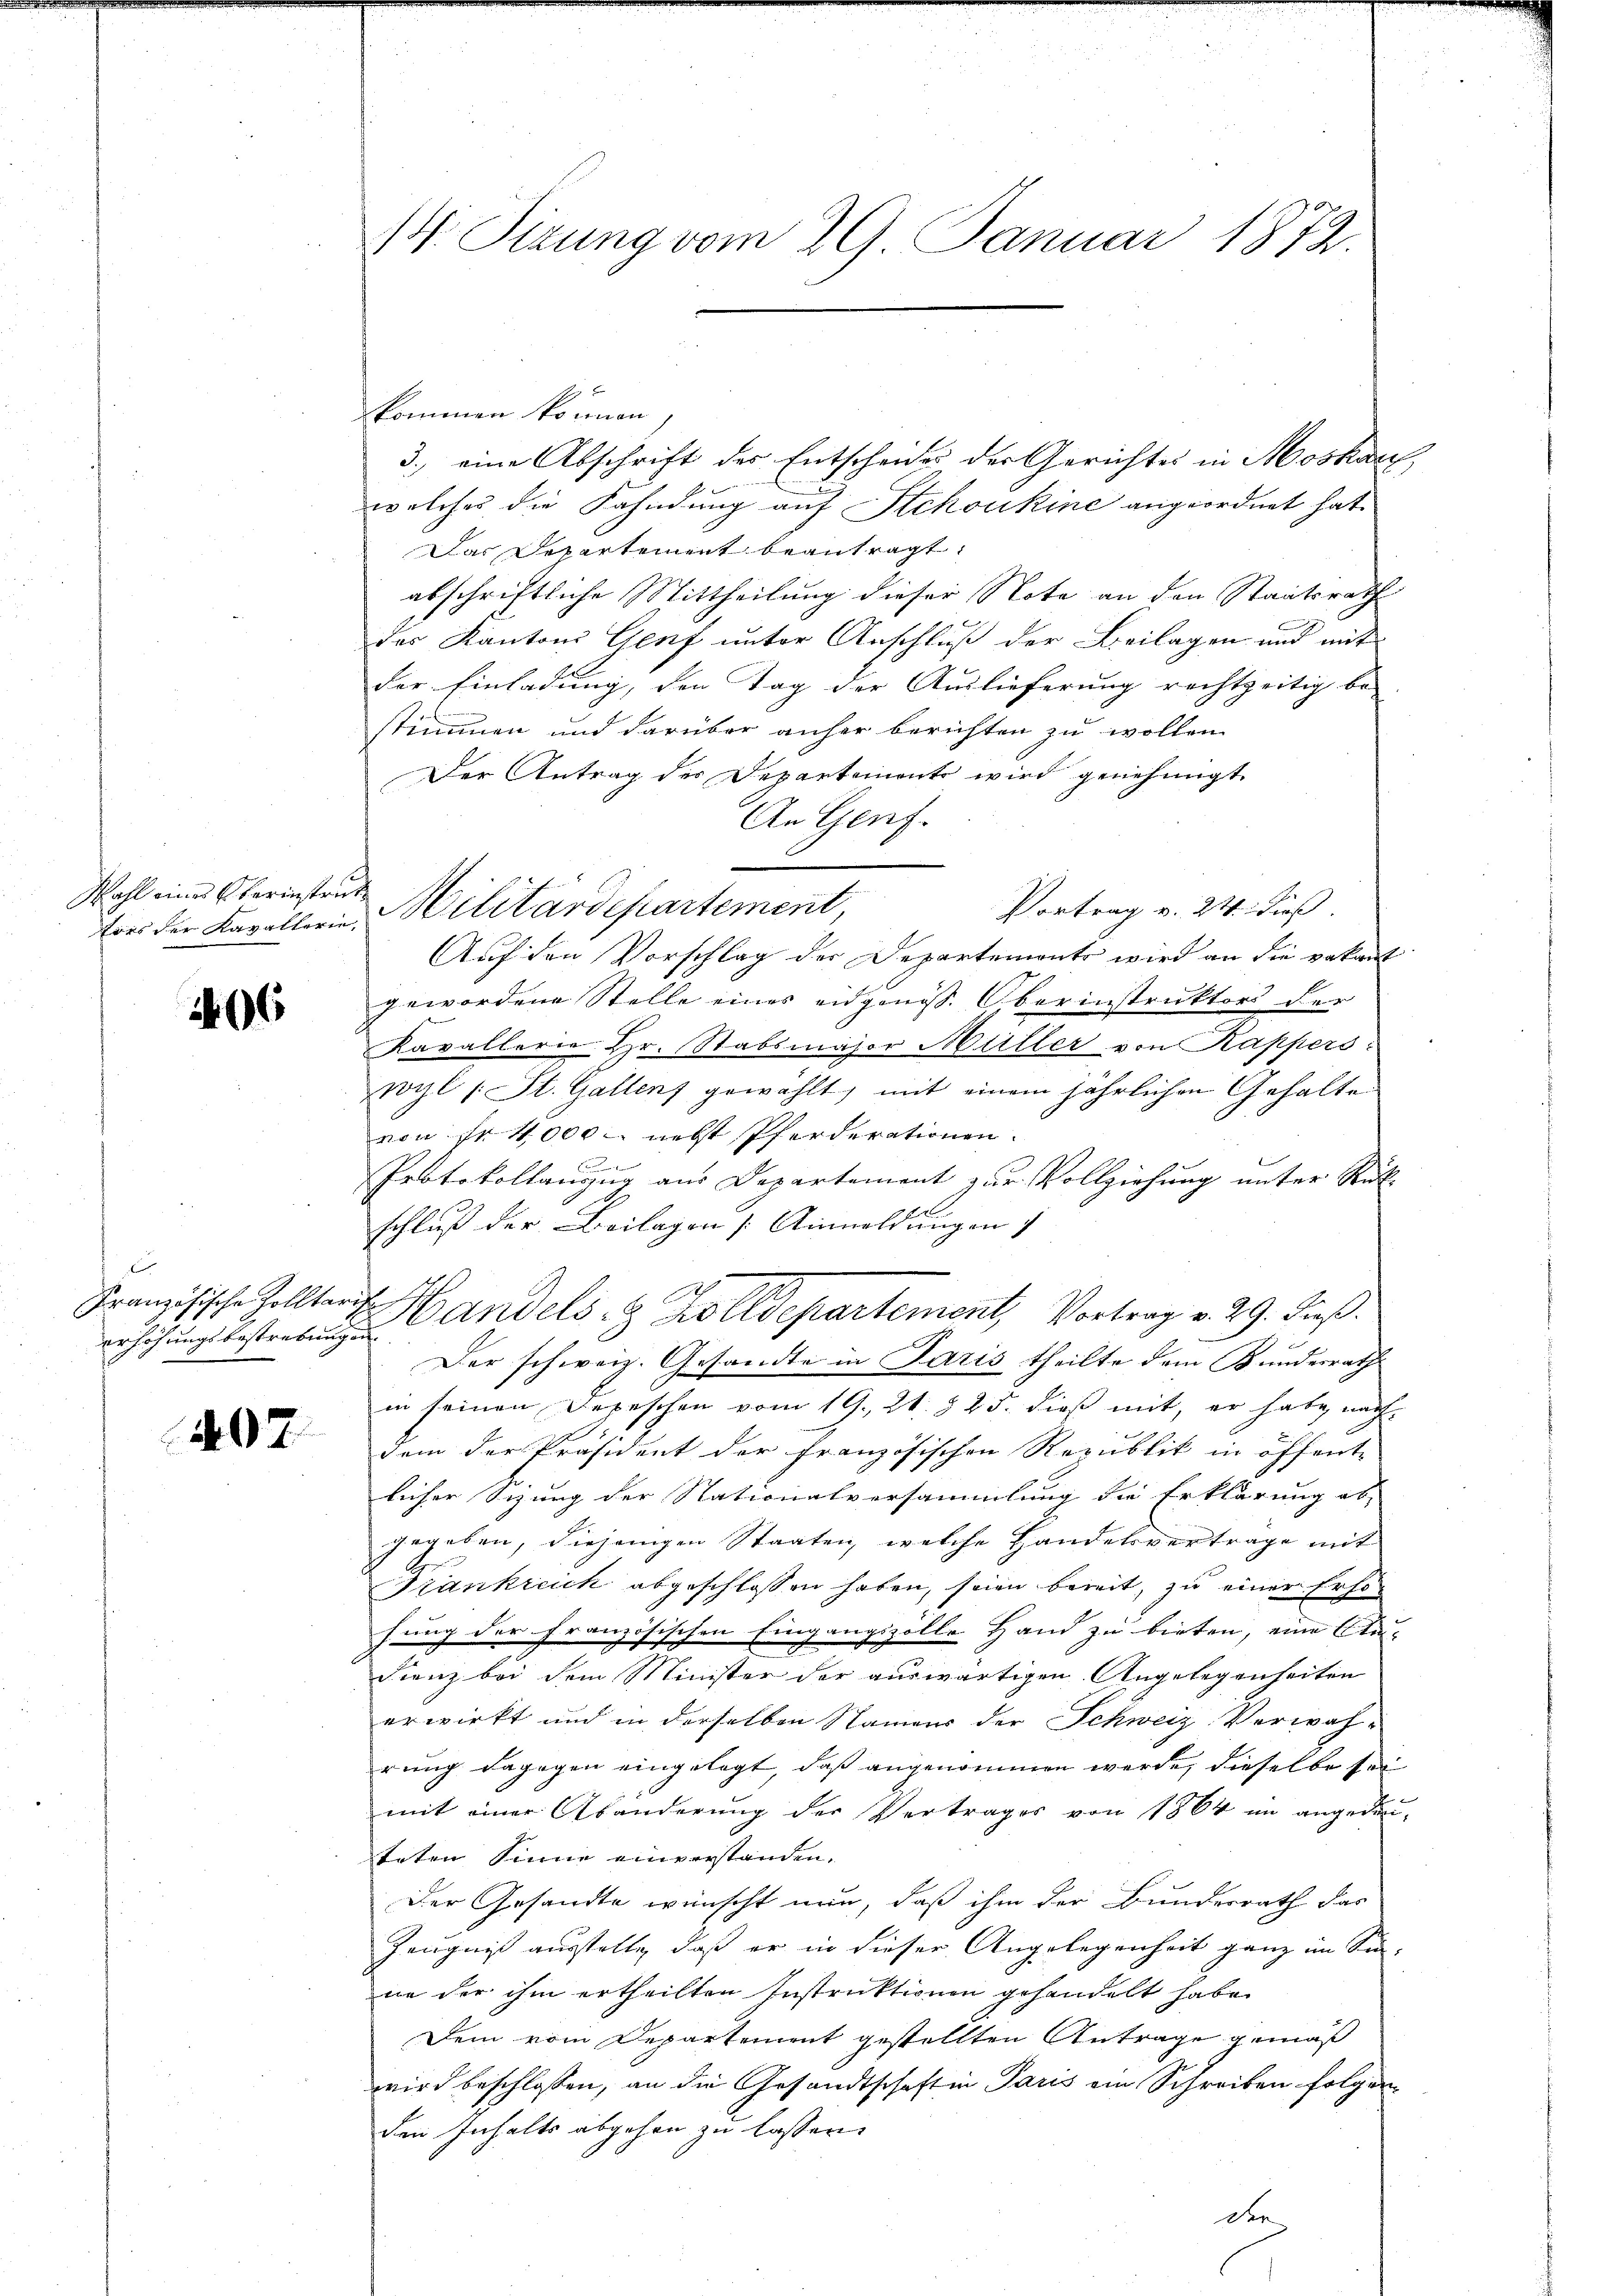
Wahl eines Oberinstruk¬

206

i
erhöhungsbestrebungen

407

14 Sizung vom 29. Januar 1872.

kommen können,
3.) eine Abschrift des Entscheides der Gerichtes in Moskauf,
welches die Fahndung auf Stchoukine angeordnet hat.
Das Departement beantragt,
abschriftliche Mittheilung dieser Note an den Staatsrath
des Kantons Genf unter Anschluß der Beilagen und mit
der Einladung, den Tag der Auslieferung rechtzeitig be- |
stimmen und darüber anher berichten zu wollen
Der Antrag der Departements wird genehmigt.
An Genf.
Vortrag v. 24. dieß.
Auf den Vorschlag der Departements wird an die vakant
gewordene Stelle eines eidgenöss. Oberinstruktors der
Kavallern. Hr. Stabsmajor Müller von Kappers
wyl /: St. Gallenz gewählt, mit einem jährlichen Gehalte
von fr 4,000 nebst Pferderationen.
c
Protokollanzug aus Departement zur Vollziehung unter Rükschluß der Beilagen [Ainmeldungen
Französische Zollter Handels- & Polldepartement, Vortrag v. 29. Dieß.
.
Der schweiz. Gesandte in Paris, theilte dem Bundesrath
in seinen Depeschen vom 19. 21. § 25. dieß mit, er habe nach
dem der Präsident der französischen Republik in öffent-
licher Sitzung der Nationalversammlung die Erklärung ab-
gegeben, diejenigen Staaten, welche Handelsvertrage mit
Frankreich abgeschlossen haben, seien bereit, zu einer Erfohung der Französischen Eingangszölle Hand zu bieten, eine An-
Fienz bei dem Minister der auswärtigen Angelegenseiten
erwirkt und in derselben Namens der Schweiz. Verwahrung dagegen eingelegt, daß angenommen werde, dieselbe sei
mit einer Abänderung der Vertrages von 1864 im angedenteten Sinne einverstanden.
Der Gesandte wünscht nun, daß ihm der Bundesrath das
Zeugniß ausstelle, daß er in dieser Angelegenheit ganz im Sinne der ihm ertheilten Instruktionen gehandelt habe.
Dein vom Departement gestellten Antrage gemäß
wird beschlossen, an die Gesandtschaft in Paris ein Schreiben folgen
den Inhalts abgehen zu lassen.
der

ors der Kavallerie Militärdepartement,